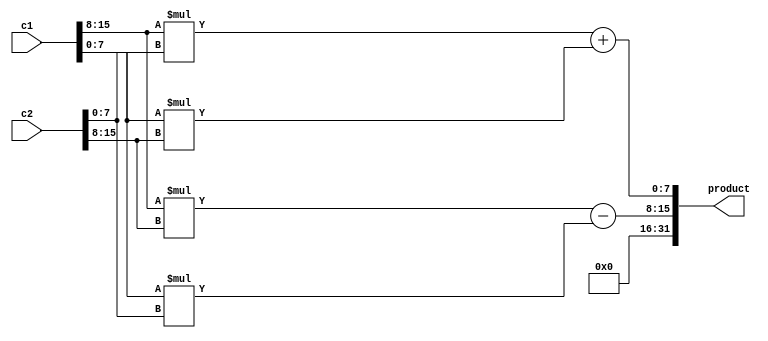
module compmul(c1,c2,product);
input [15:0]c1,c2;
output [31:0]product;
assign product={((c1[15:8]*c2[15:8])-(c1[7:0]*c2[7:0])),((c1[15:8]*c2[7:0])+(c1[7:0]*c2[15:8]))};
endmodule